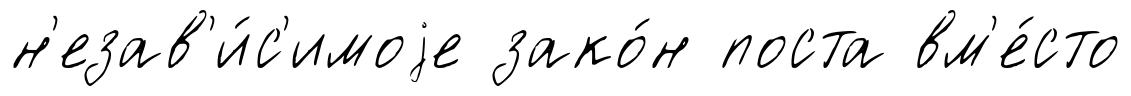
н'езав'и́с'имоjе зако́н поста вм'е́сто